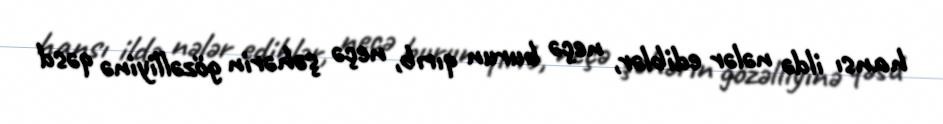
hansı ildə nələr ediblər, neçə burun qırıb, neçə şəhərin gözəlliyinə qəsd